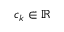
c _ { k } \in \mathbb { R }